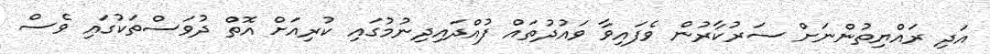
އަދި ރައްޔިތުންނަށް ސަރުކާރުން ވެފައިވާ ވައުދުތައް ފުއްދައިދިނުމުގައި ކުރިއަށް އޮތް ދުވަސްތަކުގައި ވެސް